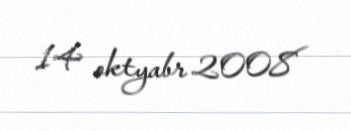
14 oktyabr 2008